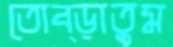
তোব্‌ড়াতুম